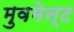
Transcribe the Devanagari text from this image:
मुवमेन्ट